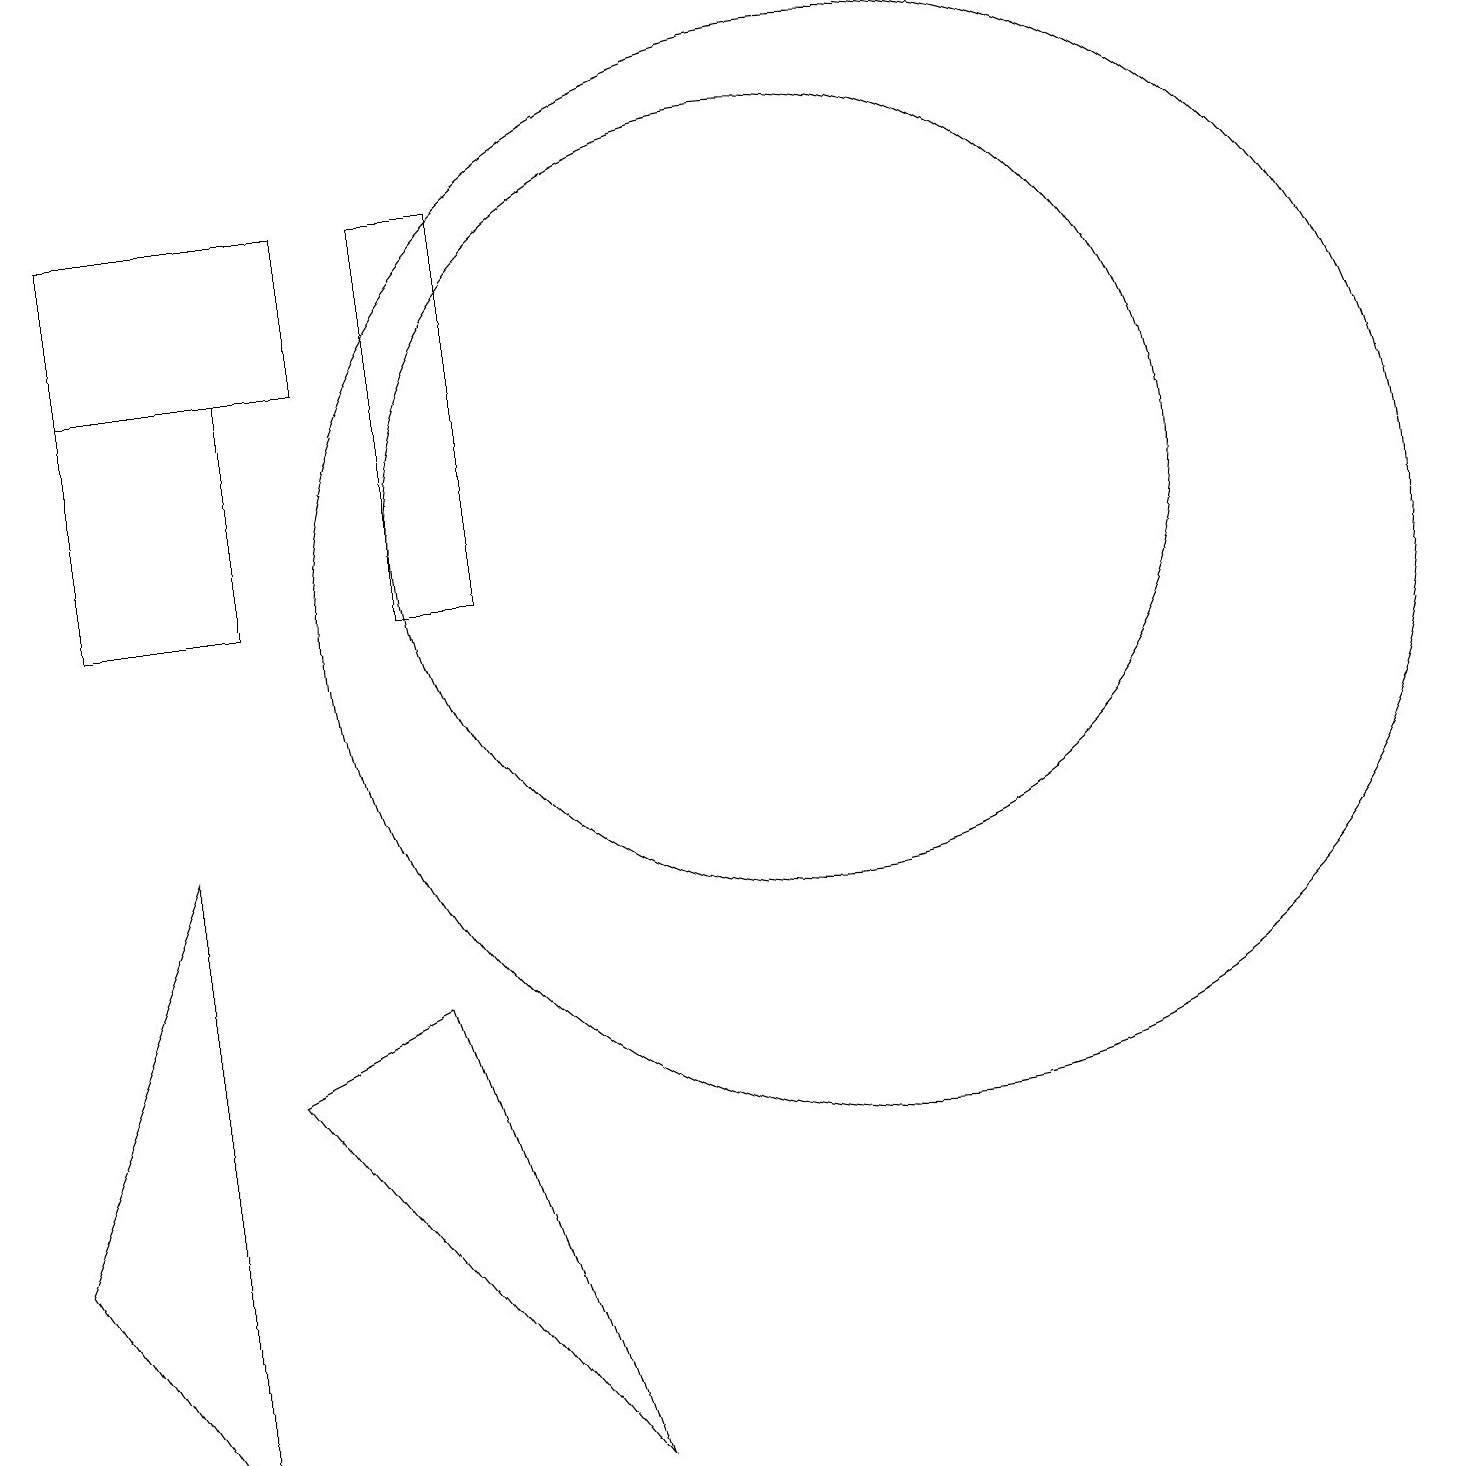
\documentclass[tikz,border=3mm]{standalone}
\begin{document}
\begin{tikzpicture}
\draw (2,0) -- (0,3) -- (2,8) -- cycle;
\draw (5,6) -- (7,0) -- (3,5) -- cycle;
\draw (10,12) circle (5);
\draw (4,14) rectangle (1,16);
\draw (6,16) rectangle (5,11);
\draw (3,11) rectangle (1,14);
\draw (11,11) circle (7);
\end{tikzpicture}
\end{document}